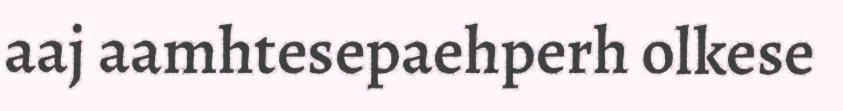
aaj aamhtesepaehperh olkese